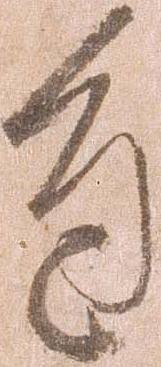
進